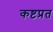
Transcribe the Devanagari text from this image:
कष्टप्रत